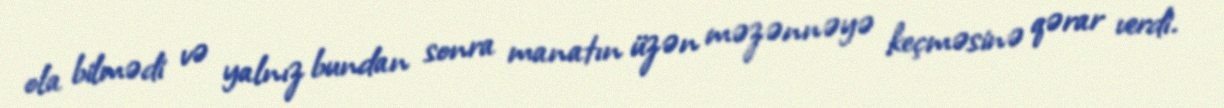
ola bilmədi və yalnız bundan sonra manatın üzən məzənnəyə keçməsinə qərar verdi.